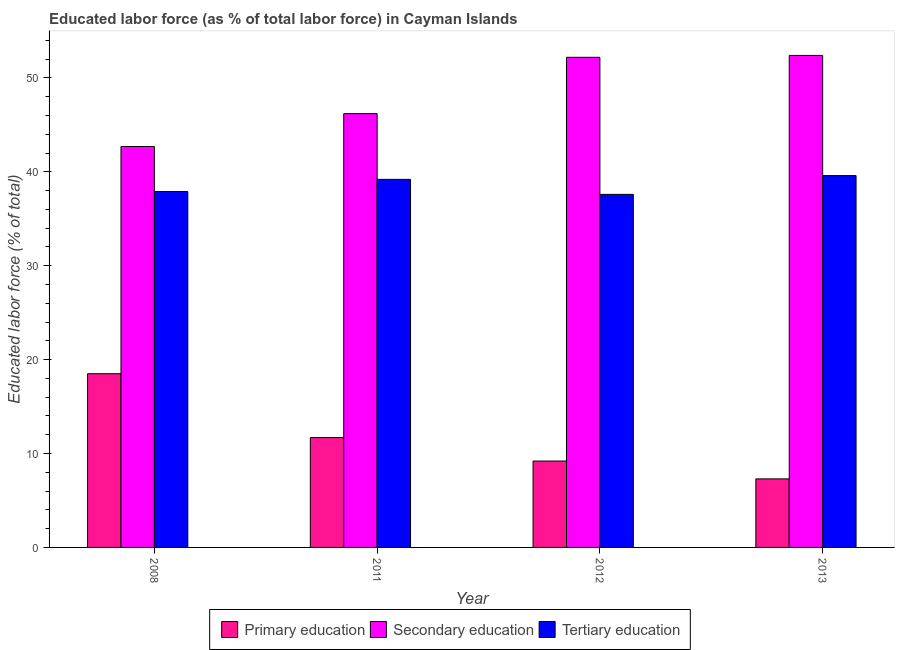
| Year | Primary education | Secondary education | Tertiary education |
 | --- | --- | --- | --- |
 | 2008 | 18.5 | 42.7 | 37.9 |
 | 2011 | 11.7 | 46.2 | 39.2 |
 | 2012 | 9.2 | 52.2 | 37.6 |
 | 2013 | 7.3 | 52.4 | 39.6 |